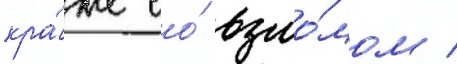
кра́же со́ взло́мом /